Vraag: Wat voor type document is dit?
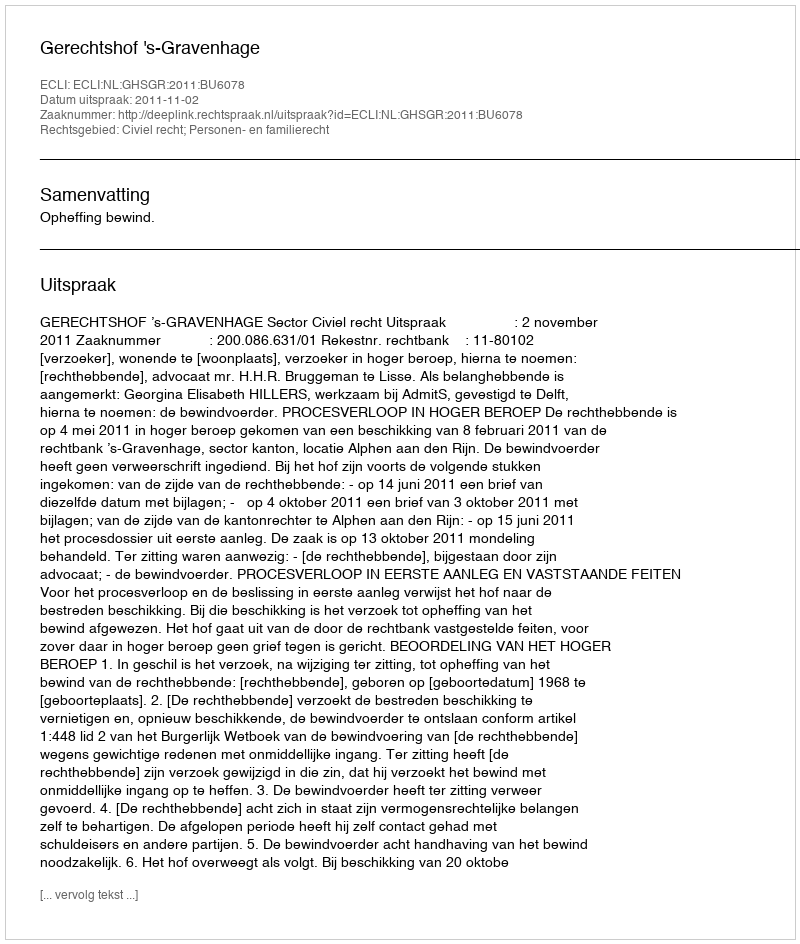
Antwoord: Uitspraak